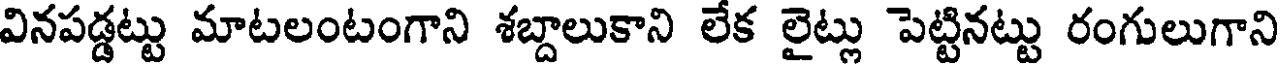
వినపడ్డట్టు మాటలంటంగాని శబ్దాలుకాని లేక లైట్లు పెట్టినట్టు రంగులుగాని